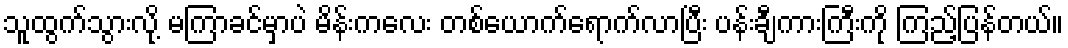
သူထွက်သွားလို့ မကြာခင်မှာပဲ မိန်းကလေး တစ်ယောက်ရောက်လာပြီး ပန်းချီကားကြီးကို ကြည့်ပြန်တယ်။